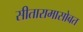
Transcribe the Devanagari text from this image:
सीतारामासोबत